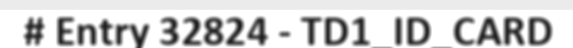
# Entry 32824 - TD1_ID_CARD